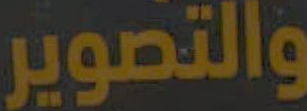
والتصوير